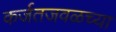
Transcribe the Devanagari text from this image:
कर्जतजवळच्या